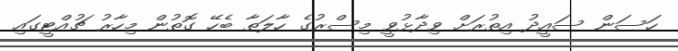
ހަސަން ސައީދު އިތުރަށް ވިދާޅުވީ މިސްރުގެ ހާލަތާ ބެހޭ ގޮތުން މިހާރު ޗުއްޓީގައި